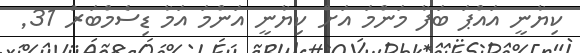
ކިޔާނީ އައްޕަ ބަފާ މަންމަ އަށް ކިޔާނީ އަންމަ އަމާ ޑިސެމްބަރު 31